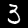
Digit: 3